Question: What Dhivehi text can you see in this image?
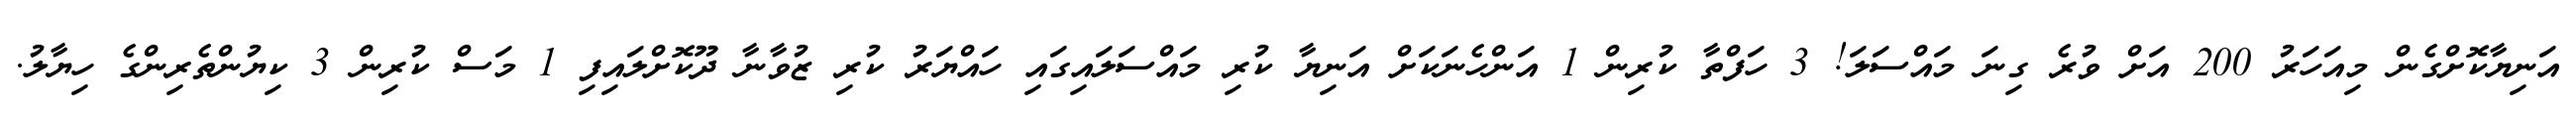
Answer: އަނިޔާކޮށްގެން މިއަހަރު 200 އަށް ވުރެ ގިނަ މައްސަލަ! 3 ހަފްތާ ކުރިން 1 އަންހެނަކަށް އަނިޔާ ކުރި މައްސަލައިގައި ހައްޔަރު ކުރި ޒުވާނާ ދޫކޮށްލައިފި 1 މަސް ކުރިން 3 ކިޔުންތެރިންގެ ހިޔާލު.